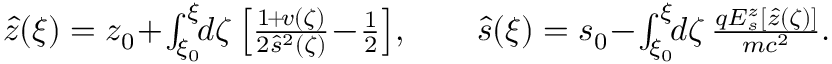
\begin{array} { r } { \hat { z } ( \xi ) = z _ { 0 } \! + \! \int _ { \xi _ { 0 } } ^ { \xi } \! \! d \zeta \left[ \frac { 1 \! + \! v ( \zeta ) } { 2 \hat { s } ^ { 2 } ( \zeta ) } \! - \! \frac 1 2 \right] \! , \qquad \hat { s } ( \xi ) = s _ { 0 } \! - \! \int _ { \xi _ { 0 } } ^ { \xi } \! \! d \zeta \, \frac { q E _ { s } ^ { z } [ \hat { z } ( \zeta ) ] } { m c ^ { 2 } } . } \end{array}